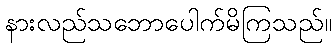
နားလည်သဘောပေါက်မိကြသည်။